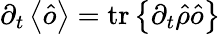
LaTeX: \partial_{t}\left\langle\hat{o}\right\rangle=\mathrm{tr}\left\{ \partial_{t}\hat{\rho}\hat{o}\right\}